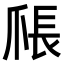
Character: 𪺑